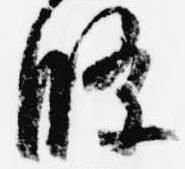
条